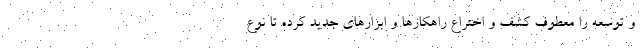
و توسعه را معطوف کشف و اختراع راهکارها و ابزارهای جدید کرده تا نوع